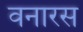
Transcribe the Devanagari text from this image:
वनारस